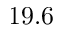
1 9 . 6